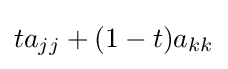
ta_{jj}+(1-t)a_{kk}